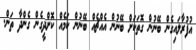
އުފުރާލައިގެން ބޭނުން ގޮތަކަށް ބޭނުން އެއްޗެއް ބޭނުން ކަމެއް ކޮށްދީގެން ގެންދާ ތަން.